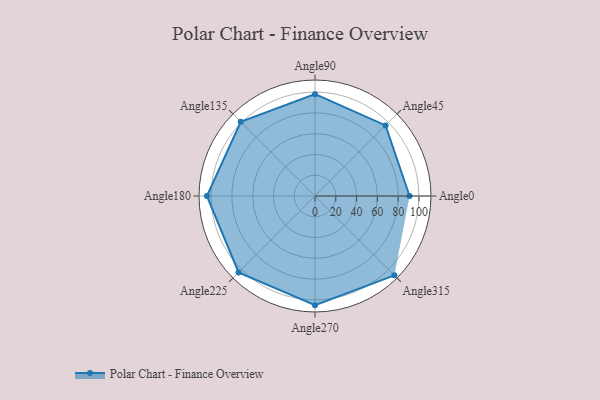
{"axis": {"x": "Angle", "y": "Radius"}, "legend": [""], "data": [{"x": "Angle0", "y": 91.0, "type": ""}, {"x": "Angle45", "y": 96.0, "type": ""}, {"x": "Angle90", "y": 98.0, "type": ""}, {"x": "Angle135", "y": 101.0, "type": ""}, {"x": "Angle180", "y": 104.0, "type": ""}, {"x": "Angle225", "y": 104.0, "type": ""}, {"x": "Angle270", "y": 105.0, "type": ""}, {"x": "Angle315", "y": 108.0, "type": ""}]}